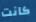
كانت